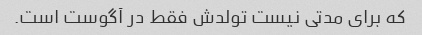
که برای مدتی نیست تولدش فقط در آگوست است.